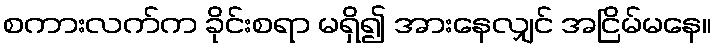
စကားလက်က ခိုင်းစရာ မရှိ၍ အားနေလျှင် အငြိမ်မနေ။